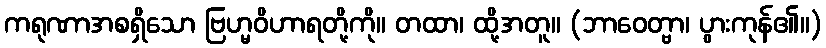
ကရုဏာအစရှိသော ဗြဟ္မဝိဟာရတို့ကို။ တထာ၊ ထို့အတူ။ (ဘာဝေတ္ဗာ၊ ပွားကုန်၏။)